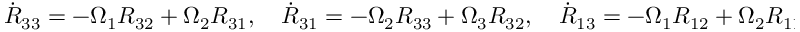
\begin{array} { r } { \dot { R } _ { 3 3 } = - \Omega _ { 1 } R _ { 3 2 } + \Omega _ { 2 } R _ { 3 1 } , \quad \dot { R } _ { 3 1 } = - \Omega _ { 2 } R _ { 3 3 } + \Omega _ { 3 } R _ { 3 2 } , \quad \dot { R } _ { 1 3 } = - \Omega _ { 1 } R _ { 1 2 } + \Omega _ { 2 } R _ { 1 1 } . } \end{array}